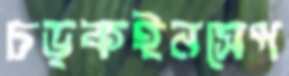
চড়কইনসেপ